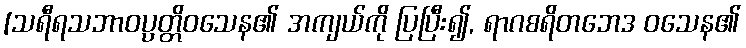
[သရီရသဘာဝပ္ပတ္တိဝသေန၏ အကျယ်ကို ပြပြီး၍, ရာဂစရိတဘေဒ ဝသေန၏